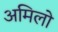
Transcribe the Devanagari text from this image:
अमिलो